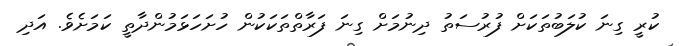
ކުރީ ގިނަ ކުލަބުތަކަށް ފުރުސަތު ދިނުމަށް ގިނަ ފަރާތްތަކަކުން ހުށަހަޅަމުންދާތީ ކަމަށެވެ. އަދި